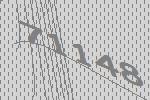
71148